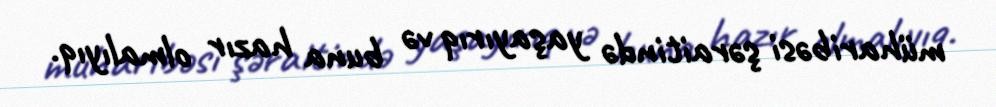
müharibəsi şəraitində yaşayırıq və buna hazır olmalıyıq.